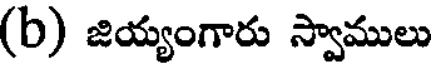
(b) జియ్యంగారు స్వాములు